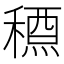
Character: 𥡱